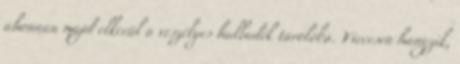
ahonnan majd elkerül a veszélyes hulladék tárolóba. Viccesen hangzik,